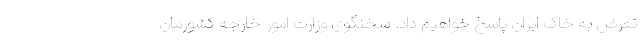
تعرض به خاک ایران پاسخ خواهیم داد. سخنگوی وزارت امور خارجه کشورمان